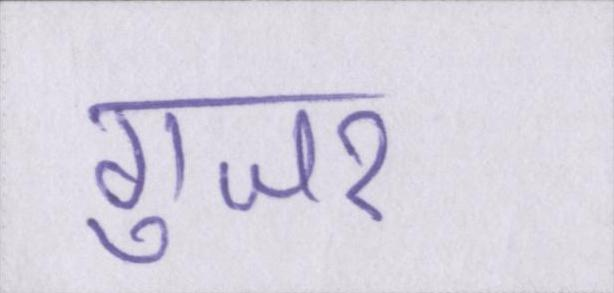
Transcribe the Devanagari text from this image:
गुजर